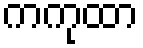
ကကုထာ